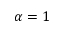
\protect \alpha = 1